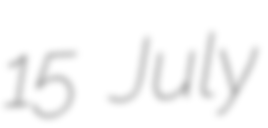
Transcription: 15 July